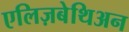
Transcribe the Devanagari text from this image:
एलिज़बेथिअन